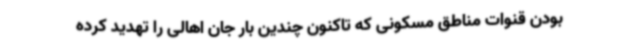
بودن قنوات مناطق مسکونی که تاکنون چندین بار جان اهالی را تهدید کرده